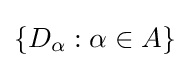
\left\{D_{\alpha }:\alpha \in A\right\}